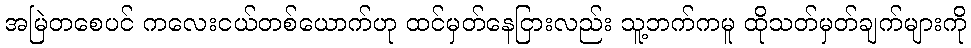
အမြဲတစေပင် ကလေးငယ်တစ်ယောက်ဟု ထင်မှတ်နေငြားလည်း သူ့ဘက်ကမူ ထိုသတ်မှတ်ချက်များကို